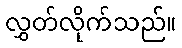
လွှတ်လိုက်သည်။